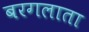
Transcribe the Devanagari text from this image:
बरगलाता